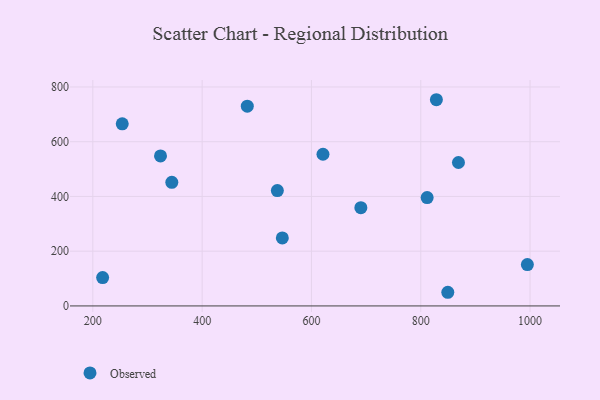
{"axis": {"x": "Investment", "y": "Salary"}, "legend": ["Observed"], "data": [{"x": "811.7", "y": 395.9, "type": "Observed"}, {"x": "546.7", "y": 248.3, "type": "Observed"}, {"x": "690.4", "y": 359.1, "type": "Observed"}, {"x": "537.6", "y": 421.5, "type": "Observed"}, {"x": "253.8", "y": 665.4, "type": "Observed"}, {"x": "621.1", "y": 554.2, "type": "Observed"}, {"x": "828.6", "y": 753.4, "type": "Observed"}, {"x": "482.6", "y": 730.0, "type": "Observed"}, {"x": "323.8", "y": 548.0, "type": "Observed"}, {"x": "869.0", "y": 524.1, "type": "Observed"}, {"x": "849.5", "y": 49.9, "type": "Observed"}, {"x": "217.9", "y": 103.7, "type": "Observed"}, {"x": "344.5", "y": 451.6, "type": "Observed"}, {"x": "995.1", "y": 151.2, "type": "Observed"}]}